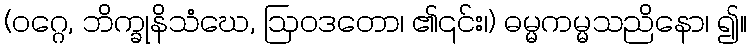
(ဝဂ္ဂေ, ဘိက္ခုနိသံဃေ, ဩဝဒတော၊ ၏၎င်း၊) ဓမ္မကမ္မသညိနော၊ ၍။